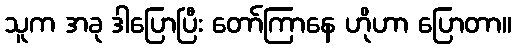
သူက အခု ဒါပြောပြီး တော်ကြာနေ ဟိုဟာ ပြောတာ။